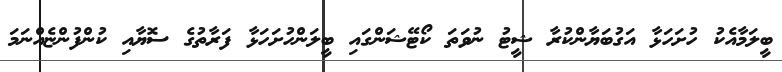
ބީލަމާއެކު ހުށަހަޅާ އަގުބަޔާންކުރާ ޝީޓު ނުވަތަ ކޯޓޭޝަންގައި ބީލަންހުށަހަޅާ ފަރާތުގެ ސޮޔާއި ކުންފުންޏެއްނަމަ